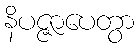
နိပဇ္ဇာပေတွာ